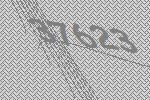
37623